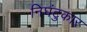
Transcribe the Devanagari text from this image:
निघंटुकार